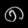
Digit: ၈